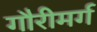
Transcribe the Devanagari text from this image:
गौरीमर्ग